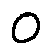
o